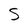
Character: S